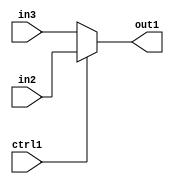
`timescale 1ps / 1ps
/*****************************************************************************
    Verilog RTL Description
    
    
    Created by: Stratus DpOpt 2019.1.01 
*******************************************************************************/

module SobelFilter_N_Muxb_1_2_6_1 (
	in3,
	in2,
	ctrl1,
	out1
	); /* architecture "behavioural" */ 
input  in3,
	in2,
	ctrl1;
output  out1;
wire  asc001;

reg [0:0] asc001_tmp_0;
assign asc001 = asc001_tmp_0;
always @ (ctrl1 or in2 or in3) begin
	case (ctrl1)
		1'B1 : asc001_tmp_0 = in2 ;
		default : asc001_tmp_0 = in3 ;
	endcase
end

assign out1 = asc001;
endmodule

/* CADENCE  uLPwQwE= : u9/ySgnWtBlWxVPRXgAZ4Og= ** DO NOT EDIT THIS LINE ******/